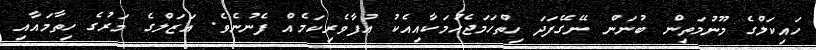
ހައިކަލްގެ މޫނުމަތިން ބުނަން ނޭގޭފަދަ ހިތްހަމަޖެހުމަކާއިއެކު އުފާވެރިކަމެއް ފެނުނެވެ. އަޒަލްގެ މަރުގެ ހިތާމައާއި